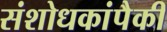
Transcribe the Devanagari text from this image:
संशोधकांपैकी